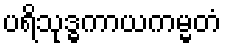
ပရိသုဒ္ဓကာယကမ္မတံ